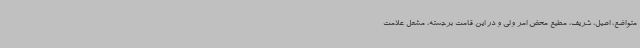
متواضع، اصیل، شریف، مطیع محض امر ولی و در این قامت برجسته، مشعل علامت